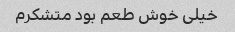
خیلی خوش طعم بود متشکرم